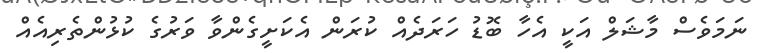
ނަމަވެސް މާޝަލް އަކީ އެހާ ބޮޑު ހަރަދެއް ކުރަން އެކަށީގެންވާ ވަރުގެ ކުޅުންތެރިއެއް